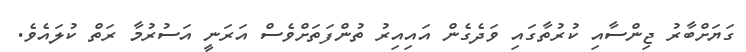
ގަޔަށްބާރު ޖިންސާއި ކުރުތާގައި ވަދެގެން އައިއިރު ތުންފަތަށްވެސް އަރަނީ އަސުރުމާ ރަތް ކުލައެވެ.